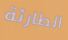
الطارئة